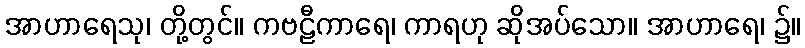
အာဟာရေသု၊ တို့တွင်။ ကဗဠီကာရေ၊ ကာရဟု ဆိုအပ်သော။ အာဟာရေ၊ ၌။